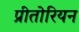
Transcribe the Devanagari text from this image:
प्रीतोरियन